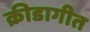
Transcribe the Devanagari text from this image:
क्रीडागीत